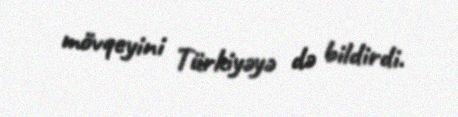
mövqeyini Türkiyəyə də bildirdi.